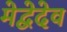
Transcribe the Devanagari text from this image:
मेद्वेदेव